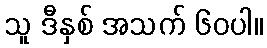
သူ ဒီနှစ် အသက် ၆၀ပါ။